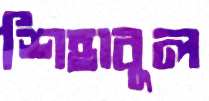
শিহাবুল